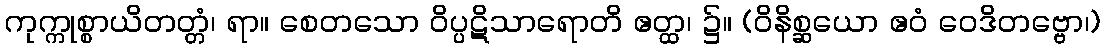
ကုက္ကုစ္စာယိတတ္တံ၊ ရာ။ စေတသော ဝိပ္ပဋိသာရောတိ ဧတ္ထ၊ ၌။ (ဝိနိစ္ဆယော ဧဝံ ဝေဒိတဗ္ဗော၊)